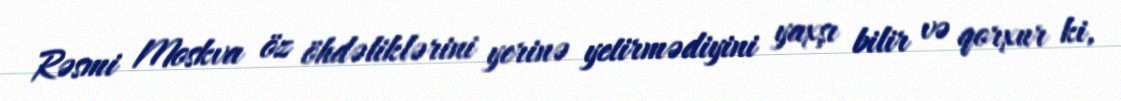
Rəsmi Moskva öz öhdəliklərini yerinə yetirmədiyini yaxşı bilir və qorxur ki,